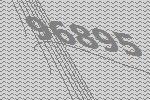
96895